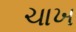
ચાખ